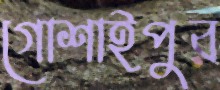
গোশাইপুর